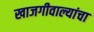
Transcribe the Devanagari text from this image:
खाजगीवाल्यांचा